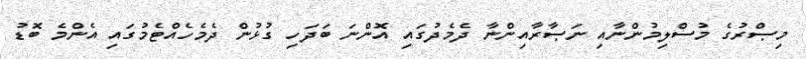
މިޞްރުގެ މުސްލިމުންނާއި ނަޞާރާއިންނާ ދެމެދުގައި އޮންނަ ބަދަހި ގުޅުން ދެމެހެއްޓެމުގައި އެންމެ ބޮޑު